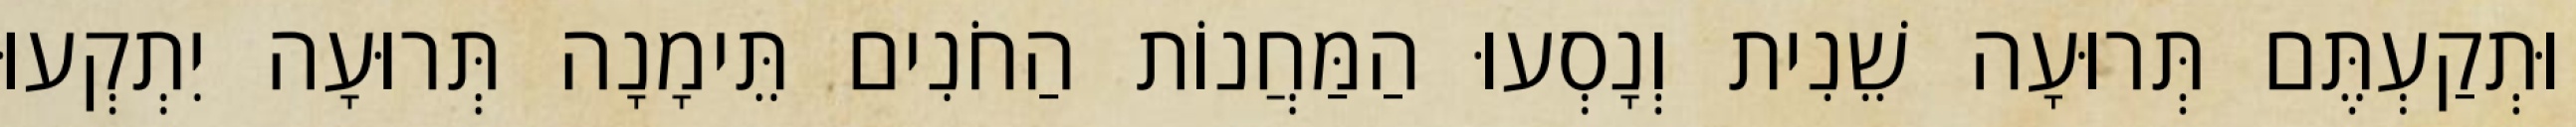
וּתְקַעְתֶּם תְּרוּעָה שֵׁנִית וְנָסְעוּ הַמַּחֲנוֹת הַחֹנִים תֵּימָנָה תְּרוּעָה יִתְקְעוּ